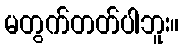
မတွက်တတ်ပါဘူး။